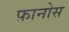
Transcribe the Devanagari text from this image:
फ़ानोस